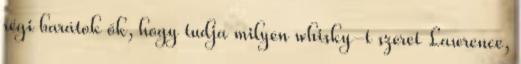
régi barátok ők, hogy tudja milyen whisky-t szeret Lawrence,